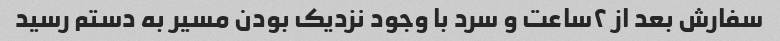
سفارش بعد از ۲ساعت و سرد با وجود نزدیک بودن مسیر به دستم رسید